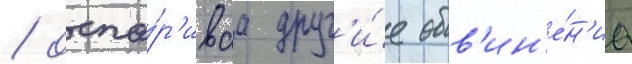
/ оспа́р'иваа друг'и́е обв'ин'е́н'иа